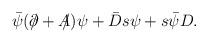
LaTeX: \begin{align*}\bar \psi (\partial\!\!\!\slash+ A\!\!\!\slash)\psi+\bar Ds\psi+s\bar \psi D.\end{align*}